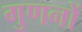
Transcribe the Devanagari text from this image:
गुणनों